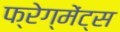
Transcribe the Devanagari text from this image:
फ्रेग्मेंट्स